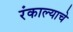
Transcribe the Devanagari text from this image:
रंकाल्याचे